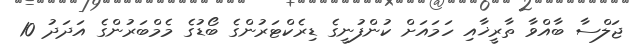
ޖަލްސާ ބާއްވާ ތާރީޚާއި ހަމައަށް ކުންފުނީގެ ޑިރެކްޓަރުންގެ ބޯޑުގެ މެމްބަރުންގެ އަދަދު 10